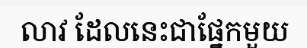
លាវ ដែលនេះជាផ្នែកមួយ